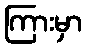
ကြားမှာ